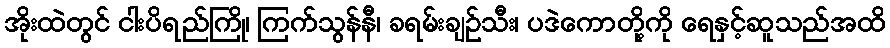
အိုးထဲတွင် ငါးပိရည်ကြို၊ ကြက်သွန်နီ၊ ခရမ်းချဉ်သီး၊ ပဒဲကောတို့ကို ရေနှင့်ဆူသည်အထိ